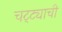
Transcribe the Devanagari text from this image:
चट्ट्याची